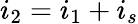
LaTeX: i_{2}=i_{1}+i_{s}